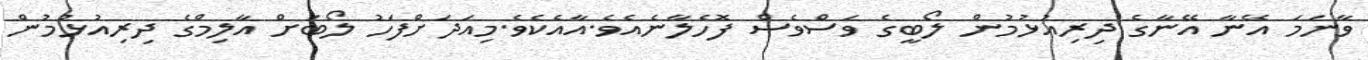
ވާނަމަ އޭނާ އޭނާގެ ދިރިއުޅުމުން ލޯބީގެ ވަސްވެސް ފޮހެލާނެއެވެ.އާއެކެވެ.މިއަދަށްފަހު ލޯބަށް އާލިމްގެ ދިރިއުޅުމުން